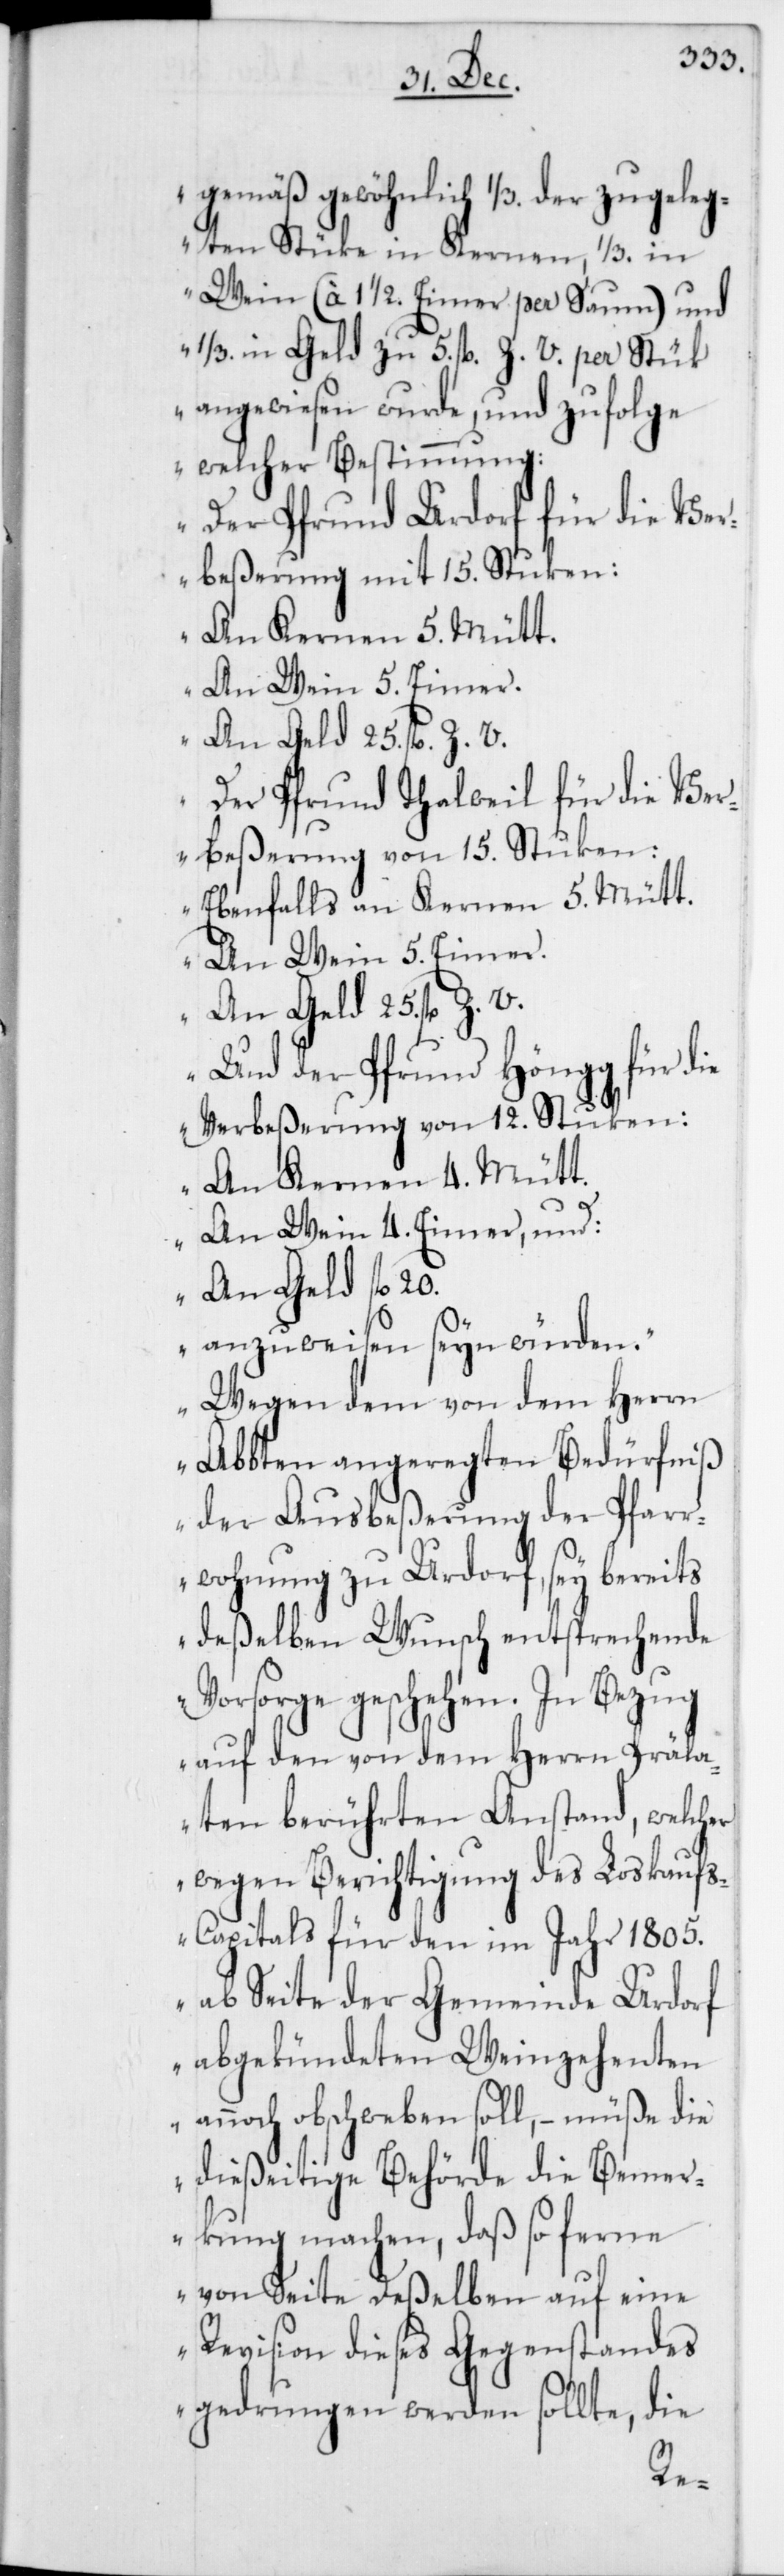
gemäß gewöhnlich 1/3. der zugeleg¬
ten Stüke in Kernen, 1/3. in
Wein (à 1 1/2 Eimer per Saum) und
1/3. in Geld zu 5. fl. Z. V. per Stük
angewiesen wurde, und zufolge
welcher Bestimmung:
Der Pfrund Urdorf für die Ver¬
beßerung mit 15. Stuken:
An Kernen 5. Mütt.
An Wein 5. Eimer.
An Geld 25. fl. Z. V.
Der Pfrund Thalweil für die Ver¬
beßerung von 15. Stuken:
Ebenfalls an Kernen 5. Mütt.
An Wein 5. Eimer.
Und der Pfrund Höngg für die
Verbeßerung von 12. Stuken:
An Kernen 4. Mütt.
An Wein 4. Eimer, und:
An Geld fl. 20.
anzuweisen seyn würden.
Wegen dem von dem Herrn
Abbten angeregten Bedürfniß
der Ausbeßerung der Pfarr¬
wohnung zu Urdorf, sey bereits
deßelben Wunsch entsprechende
Vorsorge geschehen. In Bezug
auf den von dem Herrn Präla¬
ten berührten Anstand, welcher
wegen Berichtigung des Loskauf¬
s-Capitals für den im Jahr 1805.
ab Seite der Gemeinde Urdorf
abgekündeten Weinzehenten
annoch obschweben soll, – müße die
dießeitige Behörde die Bemer¬
kung machen, daß so ferne
von Seite deßelben auf eine
Revision dieses Gegenstandes
gedrungen werden sollte, die